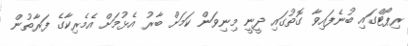
ރިޕޯޓްގައި ބުނެފައިވާ ގޮތުގައި ދީނީ މިނިވަން ކަމަށް ބާރު އެޅުމަށް އެމެރިކާގެ ފަރާތުން